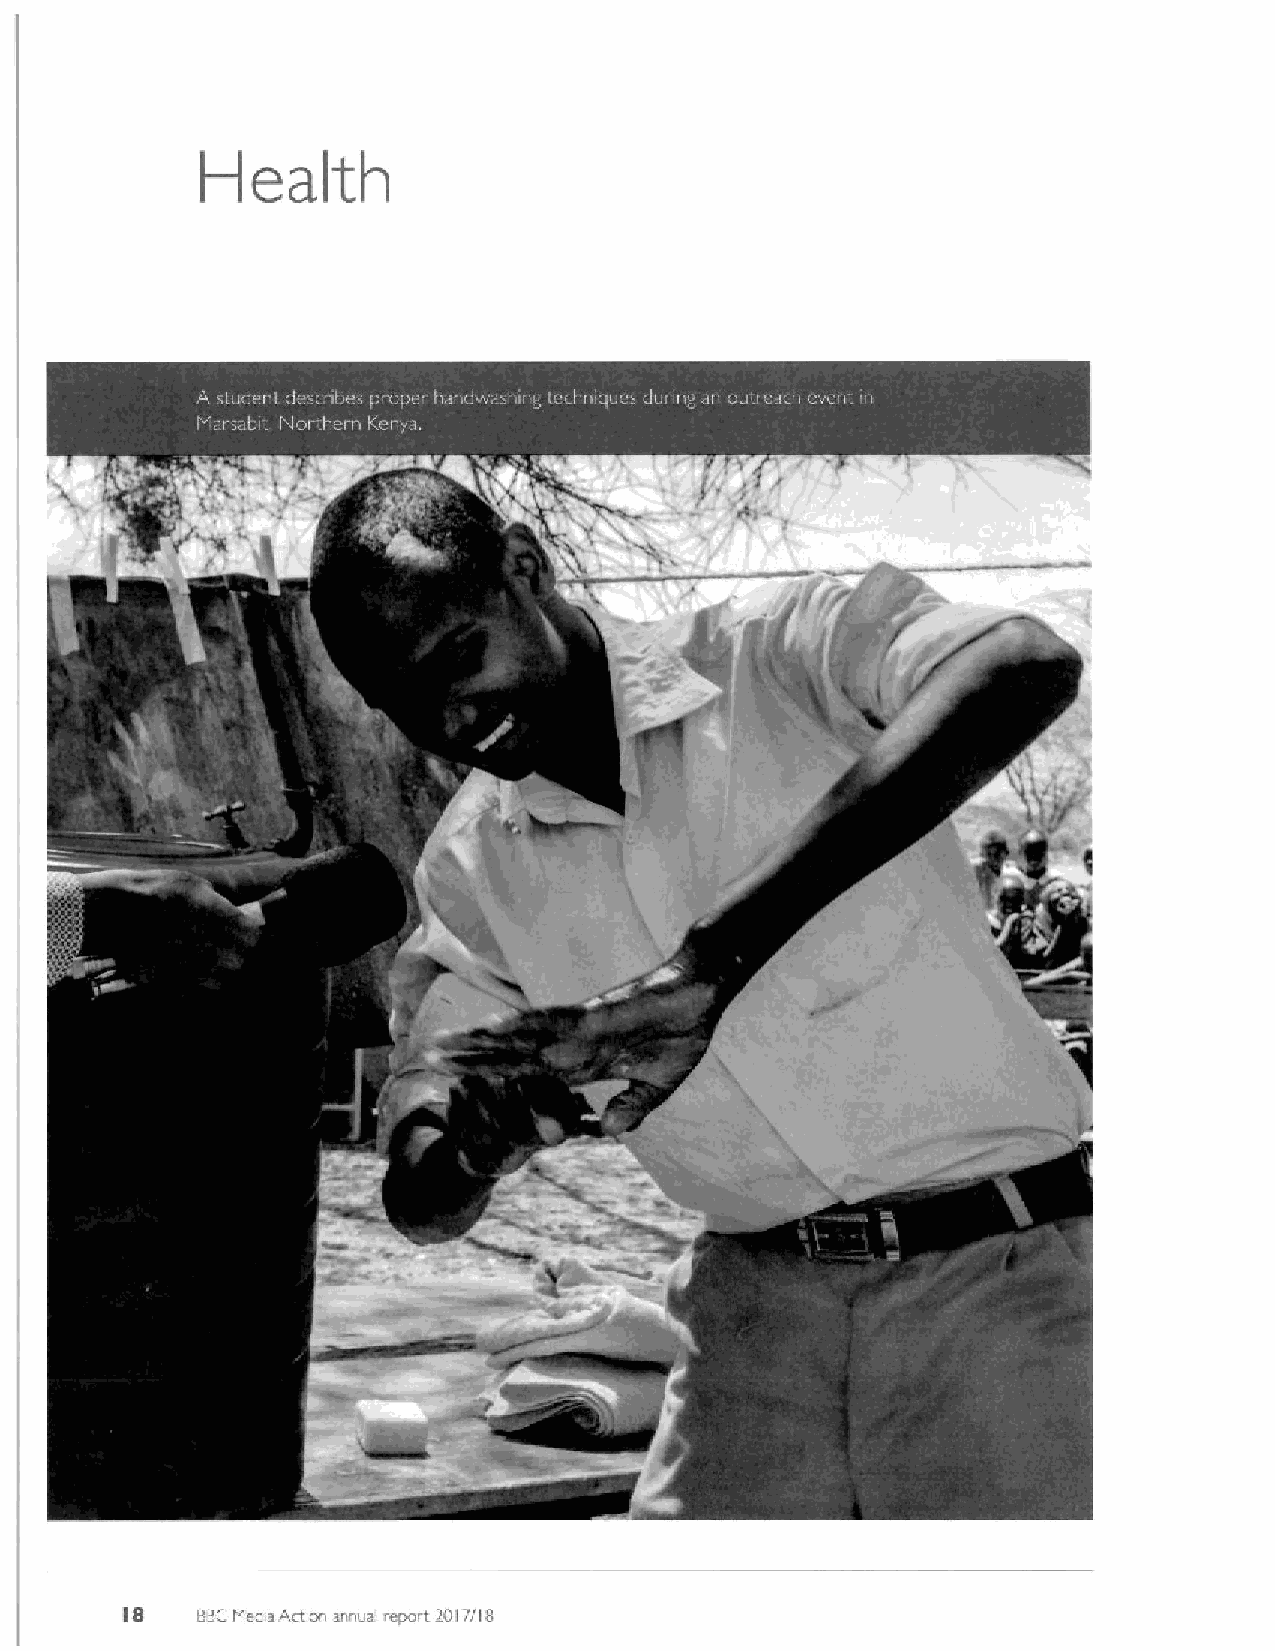
Health
 I8   BBCMediaAction annual report 20I7/18